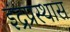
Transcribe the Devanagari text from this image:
इंद्रप्रस्थास